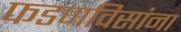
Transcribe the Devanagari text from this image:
फडणविसांना